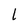
Character: l